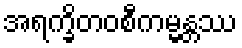
အရက္ခိတဝစီကမ္မန္တဿ